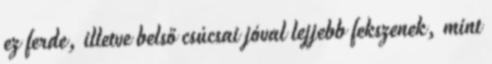
ez ferde, illetve belső csúcsai jóval lejjebb fekszenek, mint